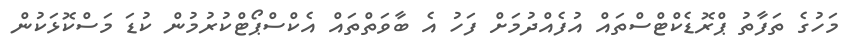
މަހުގެ ތަފާތު ޕްރޮޑެކްޓްސްތައް އުފެއްދުމަށް ފަހު އެ ބާވަތްތައް އެކްސްޕޯޓްކުުރުމުން ކުޑަ މަސްކޮޅަކުން